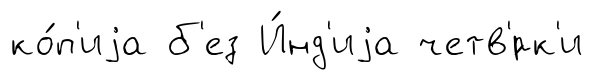
ко́п'иjа б'ез И́нд'иjа четв'́рк'и